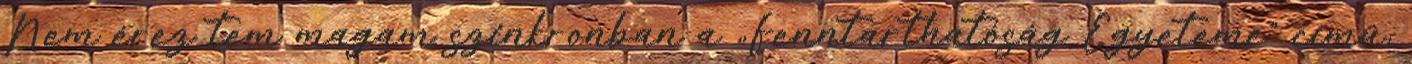
Nem érez tem magam szinkronban a „Fenntarthatóság Egyeteme” című,